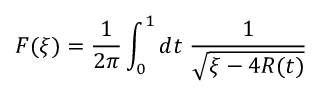
F ( \xi ) = \frac { 1 } { 2 \pi } \int _ { 0 } ^ { 1 } d t \; \frac { 1 } { \sqrt { \xi - 4 R ( t ) } }